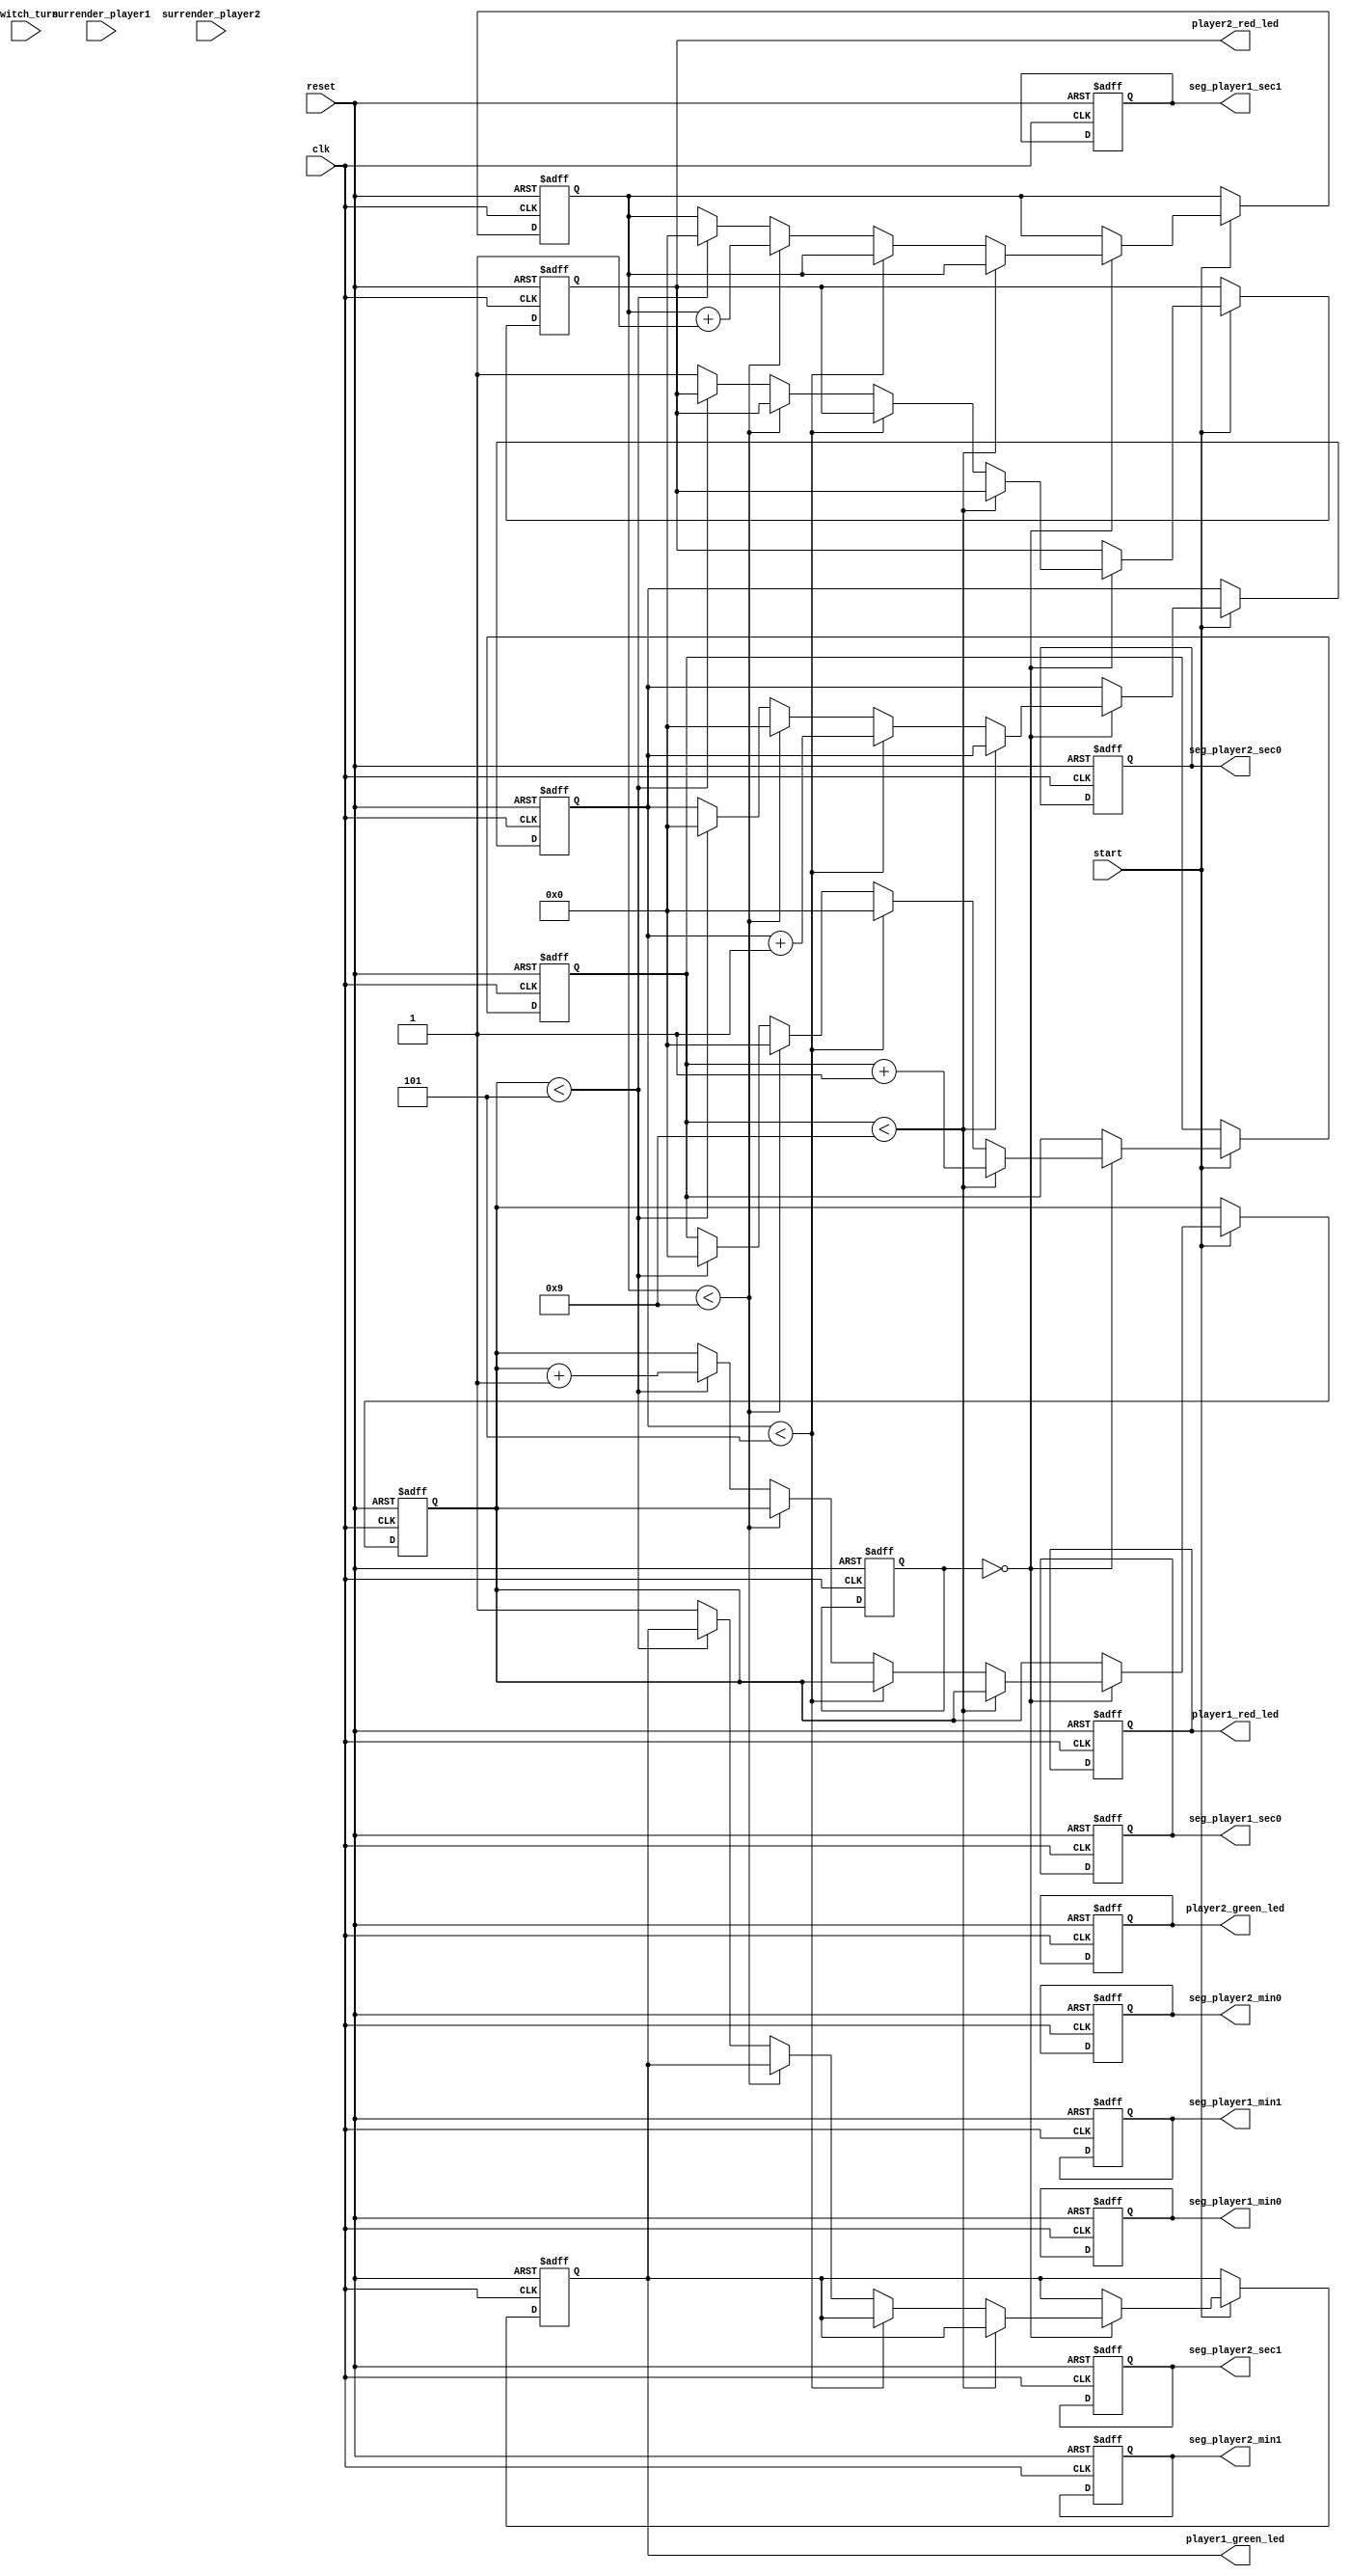
//verilog and its testbench code 
module chess_clock(
  input wire clk,             // Clock input
  input wire reset,           // Reset signal for timers
  input wire start,           // Start signal for timers
  input wire surrender_player1, // Surrender button for player 1
  input wire surrender_player2, // Surrender button for player 2
  input wire switch_turn,     // Switch turn signal
  output reg [6:0] seg_player1_min1, // 7-segment display for player 1 minutes (tens)
  output reg [6:0] seg_player1_min0, // 7-segment display for player 1 minutes (units)
  output reg [6:0] seg_player1_sec1, // 7-segment display for player 1 seconds (tens)
  output reg [6:0] seg_player1_sec0, // 7-segment display for player 1 seconds (units)
  output reg [6:0] seg_player2_min1, // 7-segment display for player 2 minutes (tens)
  output reg [6:0] seg_player2_min0, // 7-segment display for player 2 minutes (units)
  output reg [6:0] seg_player2_sec1, // 7-segment display for player 2 seconds (tens)
  output reg [6:0] seg_player2_sec0, // 7-segment display for player 2 seconds (units)
  output reg player1_green_led,     // Green LED indicating player 1's victory
  output reg player2_green_led,     // Green LED indicating player 2's victory
  output reg player1_red_led,       // Red LED indicating player 1's loss
  output reg player2_red_led        // Red LED indicating player 2's loss
);

  reg [3:0] min_ones_player1; // 4-bit register for player 1 minutes (units)
  reg [3:0] min_tens_player1; // 4-bit register for player 1 minutes (tens)
  reg [3:0] sec_ones_player1; // 4-bit register for player 1 seconds (units)
  reg [3:0] sec_tens_player1; // 4-bit register for player 1 seconds (tens)

  reg [3:0] min_ones_player2; // 4-bit register for player 2 minutes (units)
  reg [3:0] min_tens_player2; // 4-bit register for player 2 minutes (tens)
  reg [3:0] sec_ones_player2; // 4-bit register for player 2 seconds (units)
  reg [3:0] sec_tens_player2; // 4-bit register for player 2 seconds (tens)

  reg [1:0] player_turn; // 2-bit counter to track player turns (00: Player 1, 01: Player 2)

  always @(posedge clk or posedge reset) begin
    if (reset) begin
      min_ones_player1 <= 4'd0;
      min_tens_player1 <= 4'd0;
      sec_ones_player1 <= 4'd0;
      sec_tens_player1 <= 4'd0;

      min_ones_player2 <= 4'd0;
      min_tens_player2 <= 4'd0;
      sec_ones_player2 <= 4'd0;
      sec_tens_player2 <= 4'd0;

      player_turn <= 2'b00;

      seg_player1_min1 <= 7'b0000000;   // Initialize 7-segment displays to 0
      seg_player1_min0 <= 7'b0000000;
      seg_player1_sec1 <= 7'b0000000;
      seg_player1_sec0 <= 7'b0000000;

      seg_player2_min1 <= 7'b0000000;
      seg_player2_min0 <= 7'b0000000;
      seg_player2_sec1 <= 7'b0000000;
      seg_player2_sec0 <= 7'b0000000;

      player1_green_led <= 1'b0;
      player2_green_led <= 1'b0;
      player1_red_led <= 1'b0;
      player2_red_led <= 1'b0;
    end
    else if (start) begin
      // Timer logic for player 1
      if (player_turn == 2'b00) begin
        if (sec_ones_player1 < 4'd9) begin
          sec_ones_player1 <= sec_ones_player1 + 1;
        end
        else if (sec_tens_player1 < 4'd5) begin
          sec_ones_player1 <= 4'd0;
          sec_tens_player1 <= sec_tens_player1 + 1;
        end
        else if (min_ones_player1 < 4'd9) begin
          sec_tens_player1 <= 4'd0;
          sec_ones_player1 <= 4'd0;
          min_ones_player1 <= min_ones_player1 + 1;
        end
        else if (min_tens_player1 < 4'd5) begin
          sec_tens_player1 <= 4'd0;
          sec_ones_player1 <= 4'd0;
          min_ones_player1 <= 4'd0;
          min_tens_player1 <= min_tens_player1 + 1;
        end
        else begin
          // Player 1 has won, set LEDs accordingly
          player1_green_led <= 1'b1;
          player2_red_led <= 1'b1;
        end
      end
    end
  end
endmodule

//test-bench

module chess_clock_tb();
  reg clk;
  reg reset;
  reg start;
  reg surrender_player1;
  reg surrender_player2;
  reg switch_turn;
  wire [6:0] seg_player1_min1;
  wire [6:0] seg_player1_min0;
  wire [6:0] seg_player1_sec1;
  wire [6:0] seg_player1_sec0;
  wire [6:0] seg_player2_min1;
  wire [6:0] seg_player2_min0;
  wire [6:0] seg_player2_sec1;
  wire [6:0] seg_player2_sec0;
  wire player1_green_led;
  wire player2_green_led;
  wire player1_red_led;
  wire player2_red_led;

  // Instantiate the chess_clock module
  chess_clock clock_inst (
    .clk(clk),
    .reset(reset),
    .start(start),
    .surrender_player1(surrender_player1),
    .surrender_player2(surrender_player2),
    .switch_turn(switch_turn),
    .seg_player1_min1(seg_player1_min1),
    .seg_player1_min0(seg_player1_min0),
    .seg_player1_sec1(seg_player1_sec1),
    .seg_player1_sec0(seg_player1_sec0),
    .seg_player2_min1(seg_player2_min1),
    .seg_player2_min0(seg_player2_min0),
    .seg_player2_sec1(seg_player2_sec1),
    .seg_player2_sec0(seg_player2_sec0),
    .player1_green_led(player1_green_led),
    .player2_green_led(player2_green_led),
    .player1_red_led(player1_red_led),
    .player2_red_led(player2_red_led)
  );

  // Clock generation
  always begin
    #5 clk = ~clk;
  end

  // Display lines for test cases
  initial begin
    $display("Starting Test Cases");
    $display("-------------------");

    // Stimulus generation
    clk = 0;
    reset = 1;
    start = 0;
    surrender_player1 = 0;
    surrender_player2 = 0;
    switch_turn = 0;

    // Apply reset and wait for a few clock cycles
    #10 reset = 0;
    $monitor("Time: Player 1 %d%d:%d%d, Player 2 %d%d:%d%d",
      seg_player1_min1, seg_player1_min0, seg_player1_sec1, seg_player1_sec0,
      seg_player2_min1, seg_player2_min0, seg_player2_sec1, seg_player2_sec0);
    $display("Test Case 1: Reset");
    $display("-------------------");

    // Start the timer
    #10 start = 1;

    // Test Case 2: Player 1's turn, player 2 surrenders
    $monitor("Time: Player 1 %d%d:%d%d, Player 2 %d%d:%d%d",
      seg_player1_min1, seg_player1_min0, seg_player1_sec1, seg_player1_sec0,
      seg_player2_min1, seg_player2_min0, seg_player2_sec1, seg_player2_sec0);
    $display("Test Case 2: Player 1's turn, player 2 surrenders");
    $display("-------------------");
    #100 surrender_player2 = 1;
    #100 surrender_player2 = 0;

    // Test Case 3: Switching turns
    $monitor("Time: Player 1 %d%d:%d%d, Player 2 %d%d:%d%d",
      seg_player1_min1, seg_player1_min0, seg_player1_sec1, seg_player1_sec0,
      seg_player2_min1, seg_player2_min0, seg_player2_sec1, seg_player2_sec0);
    $display("Test Case 3: Switching turns");
    $display("-------------------");
    #100 switch_turn = 1;
    #100 switch_turn = 0;

    // Test Case 4: Player 2's turn, player 1 surrenders
    $monitor("Time: Player 1 %d%d:%d%d, Player 2 %d%d:%d%d",
      seg_player1_min1, seg_player1_min0, seg_player1_sec1, seg_player1_sec0,
      seg_player2_min1, seg_player2_min0, seg_player2_sec1, seg_player2_sec0);
    $display("Test Case 4: Player 2's turn, player 1 surrenders");
    $display("-------------------");
    #100 surrender_player1 = 1;
    #100 surrender_player1 = 0;

    // Test Case 5: Player 2's turn, player 2 wins
    $monitor("Time: Player 1 %d%d:%d%d, Player 2 %d%d:%d%d",
      seg_player1_min1, seg_player1_min0, seg_player1_sec1, seg_player1_sec0,
      seg_player2_min1, seg_player2_min0, seg_player2_sec1, seg_player2_sec0);
    $display("Test Case 5: Player 2's turn, player 2 wins");
    $display("-------------------");
    #100 switch_turn = 1;
    #100 switch_turn = 0;
    #100 switch_turn = 1;
    #100 switch_turn = 0;
    #100 switch_turn = 1;
    #100 switch_turn = 0;

    // End simulation
    $display("End of Test Cases");
    $finish;
  end
endmodule